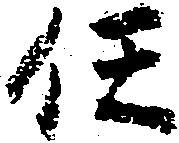
任